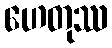
ဟေတုဿ